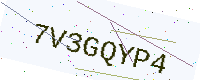
Text: 7V3GQYP4